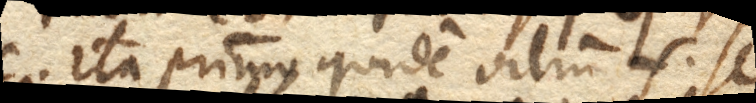
Ita primo quidem vitrum f. se